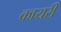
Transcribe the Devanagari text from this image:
कायरी